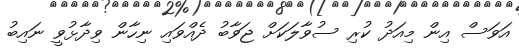
އަވަސް އިން މިއަދު ކުރި ސުވާލަކަށް ޖަވާބު ދެއްވައި ނިހާން ވިދާޅުވީ ނައިބު